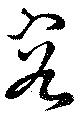
容